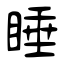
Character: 睡